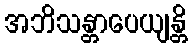
အဘိသန္တာပေယျန္တိ